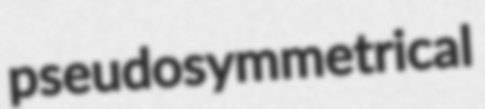
pseudosymmetrical